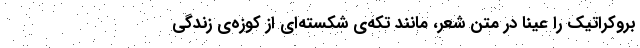
بروکراتیک را عیناً در متن شعر، مانند تکّه‌ی شکسته‌ای از کوزه‌ی زندگی